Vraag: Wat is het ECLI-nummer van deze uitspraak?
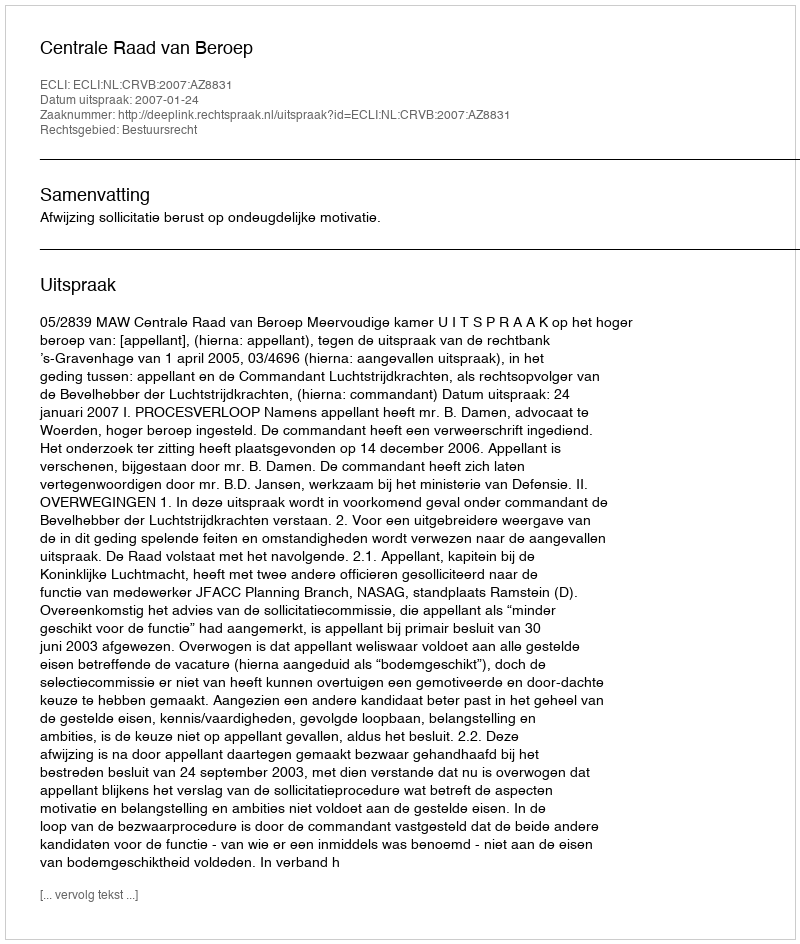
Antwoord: ECLI:NL:CRVB:2007:AZ8831